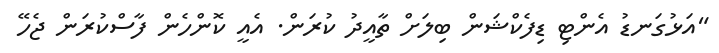
"އަޅުގަނޑު އެންޓި ޑިފެކްޝަން ބިލަށް ތާއީދު ކުރަން. އެއީ ކޮންހެން ފާސްކުރަން ޖެހޭ